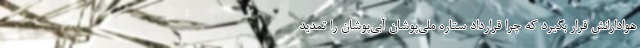
هوادارانش قرار بگیرد که چرا قرارداد ستاره ملی‌پوشان آبی‌پوشان را تمدید